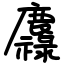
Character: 䴪